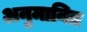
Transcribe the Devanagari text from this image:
अनुमानित